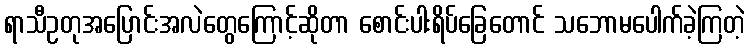
ရာသီဥတုအပြောင်းအလဲတွေကြောင့်ဆိုတာ စောင်းပါးရိပ်ခြေတောင် သဘောမပေါက်ခဲ့ကြတဲ့